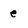
Character: e